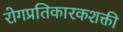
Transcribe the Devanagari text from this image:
रोगप्रतिकारकशक्ती